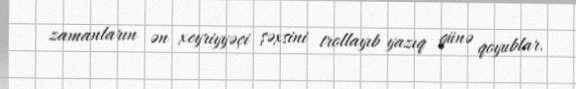
zamanların ən xeyriyyəçi şəxsini trollayıb yazıq günə qoyublar.